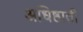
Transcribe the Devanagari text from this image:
अधिष्ठाती